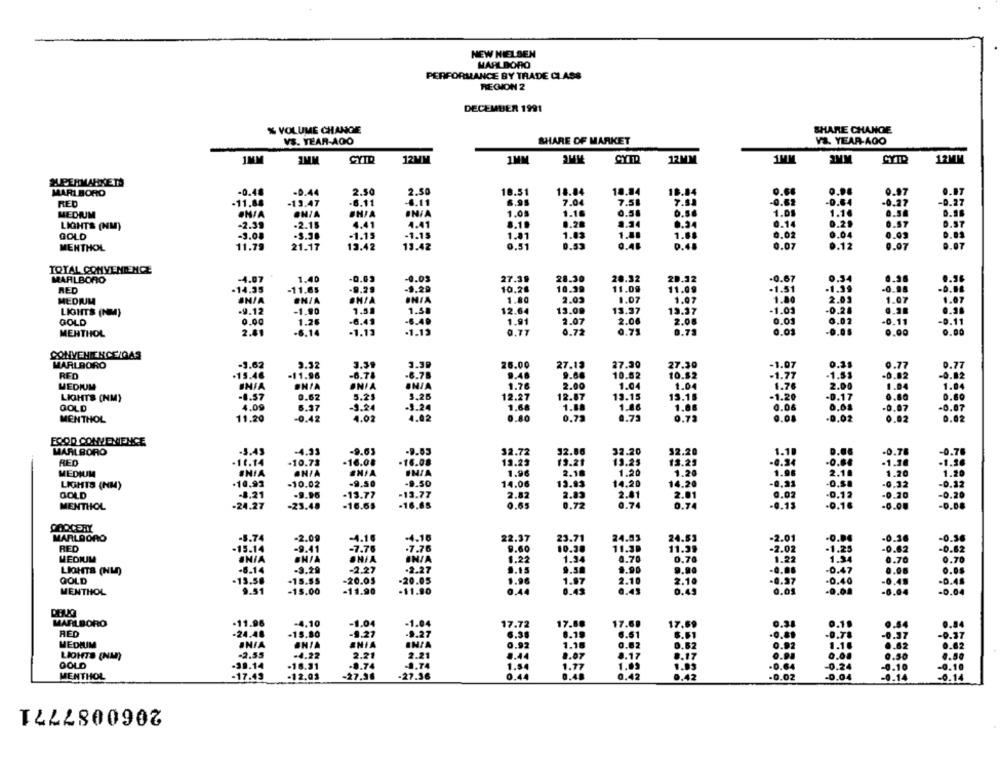
NEW NIELSEN
MARLBORO
PERFORMANCE BY TRADE CLASS
REGION 2
DECEMBER 1991
% VOLUME CHANGE
SHARE CHANGE
VS. YEAR-AOO
SHARE OF MARKET
VS. YEAR-AGO
1MM
3MM
CYTD
12MM
1MM
12MM
1MM
2MM
12MM
SUPERMARKETS
2.50
MARLBORO
-0.48
-0.44
2.50
10.51
18.84
18.84
16.84
0.68
0.97
RED
-11.88
-13.47
-6.11
6.11
6.95
7.04
7.51
-0.62
-0.84
-0.27
MEDIUM
ON/A
IN/A
1.05
1.16
0.58
1.00
1.14
0.50
LIGHTS (NM)
-2.39
-2.15
4.41
4.41
8.10
0.28
1.34
0.14
0.2.
0.57
GOLD
-3.08
-3.38
-1.15
-1.15
1.81
1.03
1.0
1.6.
0.02
0.04
0.03
0.48
MENTHOL
11.79
21.17
13.42
13.42
0.51
0.53
0.07
0.12
0.07
TOTAL CONVENIENCE
MARLBORO
-4.07
1.40
.0.03
27.39
28.30
28.32
20.32
-0.67
0.54
0.96
RED
-14.35
-11.65
.9.29
10.28
10.39
11.09
11.09
-1.51
-0.98
MEDIUM
IN/A
ON/A
1.80
2.02
1.07
1.97
1.80
1.07
LIGHTS (NM)
-9.12
-1.90
1.56
12.64
13.09
13.37
13.37
-1.01
0.21
6.49
2.06
2.08
0.01
2.02
-0.11
GOLD
0.00
1.26
-6.40
2.07
MENTHOL
2.81
-6.14
-1.13
.1.19
0.77
0.72
0.75
0.73
0.03
0.0
0.00
0.00
CONVENIENCE/GAS
MARLBORO
-3.62
9.32
3.39
3.39
26.00
27.13
27.30
27.30
-1.07
0.35
0.77
RED
.15.4€
-11.96
-6.78
-6.75
9.48
9.68
10.82
10.82
-1.77
-1.53
-0.82
MEDIUM
INIA
ONIA
ONIA
IN/A
1.76
2.00
1.04
1.04
1.76
2.00
1.04
0.62
3.25
0.80
LIGHTS (NM)
-8.57
5.21
12.27
12.87
13.15
13.15
-1.20
-D.17
GOLD
4.09
6.37
.3.24
1.68
1.08
1.86
1.06
0.04
0.68
-0.07
-0.07
4.02
0.80
0.73
0.72
0.02
0.02
MENTHOL
11.20
-0.42
4.02
0.72
-0.02
FOOD CONVENIENCE
MARLBORO
-5.43
-4.33
-9.63
-9.53
32.72
32.85
32.20
32.20
-0.78
-0.78
RED
.11.14
-10.73
-16.08
-16.08
13.23
13.21
19.25
13.25
0.6
-1.30
-1.16
2.18
1.04
MEDIUM
#NIA
CHIA
ONIA
INIA
1.96
1.20
1.28
2.1.
1.20
1.20
LIGHTS (NM)
.10.93
-10.02
-9.50
-9.50
14.06
13.93
14,20
14.20
0.5.
-0.32
-0.12
GOLD
-8.21
-13.77
-13.77
2.82
2.83
2.01
2.01
0.02
0.12
-0.20
-0.20
-9.95
MENTHOL
.24.27
-23.48
-16.65
-16,68
0.65
0.72
0.74
0.74
0.15
.0.16
-0.08
CODCERY
MARLBORO
-8.74
-2.09
-4.16
-4.16
22.37
23.71
24.03
24.53
-2.01
-0.84
-0.36
RED
.7.76
9.60
11.39
11.39
-1.25
-15.14
-9.41
-7.76
10.38
-2.02
0.62
MEDIUM
UNIA
ONIA
IN/A
1.34
0.70
0.76
1.22
1.34
0.70
LIGHTS (NL)
-6.14
-9.29
-2.27
-2.27
9.15
9.58
1.90
9.90
-0.47
0.06
GOLD
-13.58
-15.SS
-20.05
-20.05
1.96
1.87
2.10
2.10
-0.37
-0.40
0.48
-D.48
MENTHOL
9.51
-15.00
-11.90
-11.90
0.44
0.43
0.49
0.49
0.05
-D.04
MARLBORO
-11.96
-4.10
-1.04
-1.04
17.72
17.88
17.6.
17.69
0.31
0.1.
0.54
RED
-24.48
-15.80
-9.27
-9.27
6.19
6.51
-0.37
MEDIUM
JNIA
#NIA
INIA
1.16
0.82
0.62
0.92
1.14
-2.55
LIGHTS (NM)
-4.22
2.21
2.21
8.44
8.07
8.17
8.17
0.9.
0.00
0.50
GOLD
-39.14
-16.31
.8.74
-1.74
1.84
1.03
1.93
-0.64
-0.24
0.10
MENTHOL
.12.03
27.36
-27.36
0.44
1.77
0.42
0.42
-0.02
-D.04
0.14
-17.49
2060087771